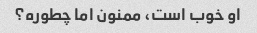
او خوب است، ممنون اما چطوره؟